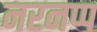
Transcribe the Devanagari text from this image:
नरनप्प